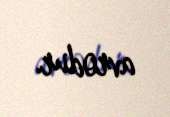
avrodur.